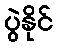
ပွဲနိုင်